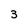
Character: 3